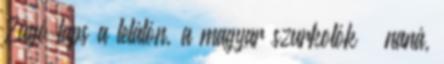
Zúgó taps a lelátón, a magyar szurkolók – naná,